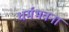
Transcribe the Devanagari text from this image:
धर्मभवना